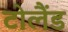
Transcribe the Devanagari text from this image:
टोलैंड